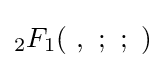
{}_{2}F_{1}(\ ,\ ;\ ;\ )